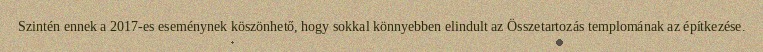
Szintén ennek a 2017-es eseménynek köszönhető, hogy sokkal könnyebben elindult az Összetartozás templomának az építkezése.